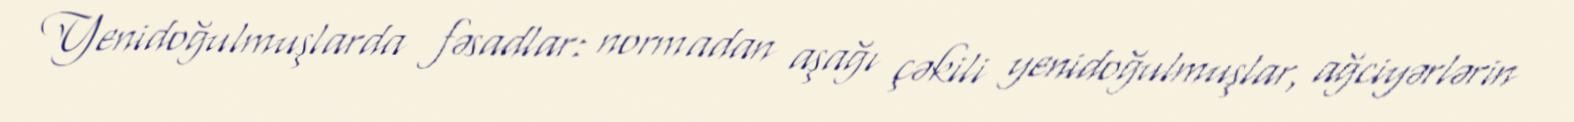
Yenidoğulmuşlarda fəsadlar: normadan aşağı çəkili yenidoğulmuşlar, ağciyərlərin